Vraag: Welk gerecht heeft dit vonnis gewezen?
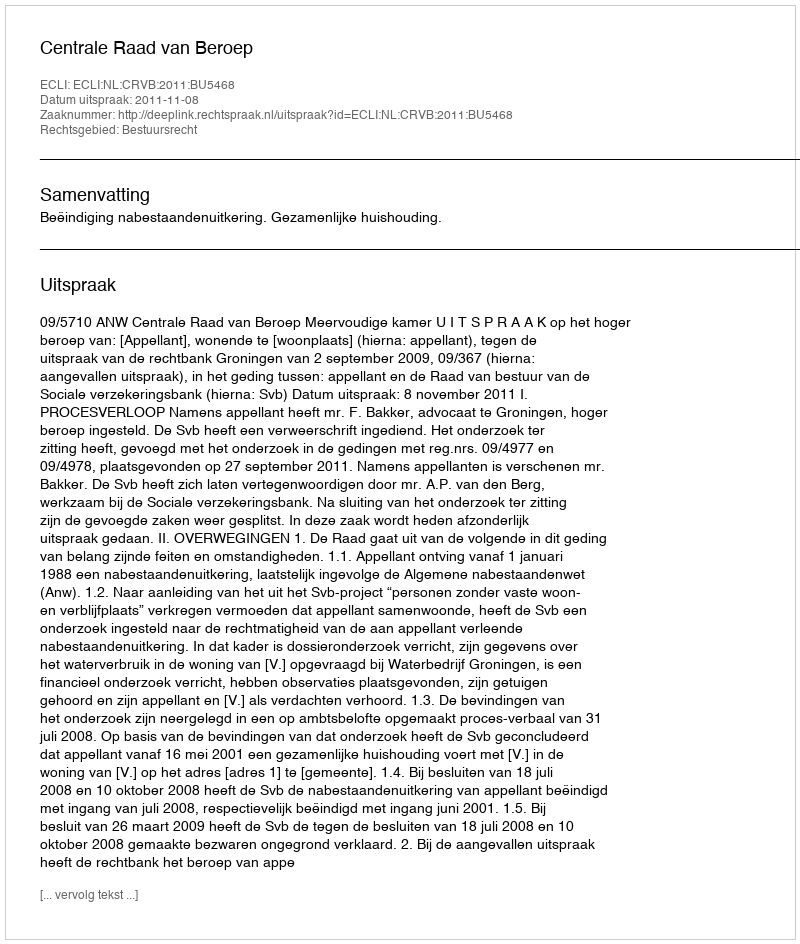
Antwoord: Centrale Raad van Beroep